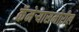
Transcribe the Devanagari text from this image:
कॅमेर्‍यासमोरील